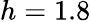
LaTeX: h=1.8